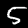
Digit: 5